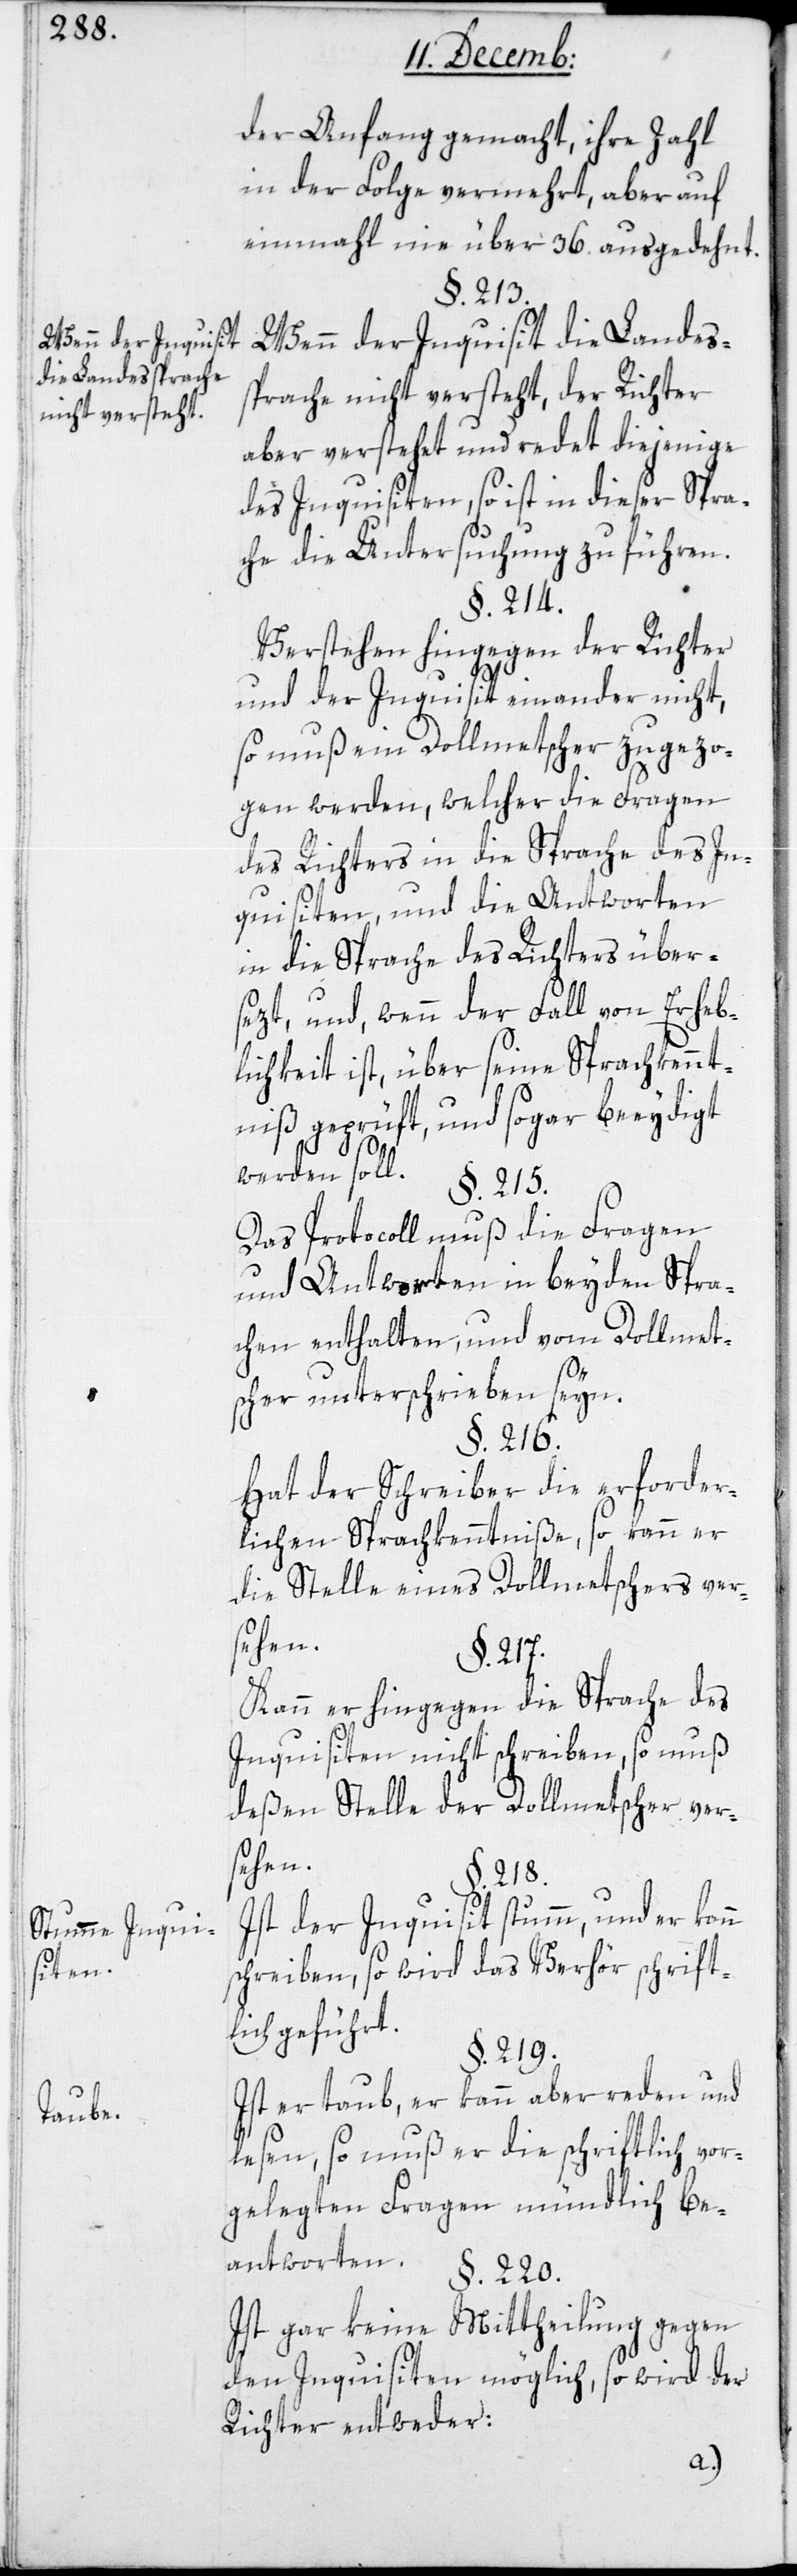
Wenn der Inquisit
die Landessprache
nicht versteht.
Stumme Inqui¬
siten.
Taube.

der Anfang gemacht, ihre Zahl
in der Folge vermehrt, aber auf
einmal nie über 36. ausgedehnt.
§. 213.
Wenn der Inquisit die Landeß¬
prache nicht versteht, der Richter
aber verstehet und redet diejenige
das Inquisiten, so ist in dieser Spra¬
che die Untersuchung zu führen.
§. 214.
Verstehen hingegen der Richter
und der Inquisit einander nicht,
so muß ein Dollmetscher zugezo¬
gen werden, welcher die Fragen
des Richters in die Sprache des In¬
quisiten, und die Antworten
in die Sprache des Richters über¬
sezt, und, wenn der Fall von Erheb¬
lichkeit ist, über seine Sprachkennt¬
nis geprüft und sogar beeydigt
werden soll.
§. 215.
Das Protocoll muß die Fragen
und Antworten in beyden Spra¬
chen enthalten, und vom Dollmet¬
scher unterschrieben seyn.
§. 216.
Hat der Schreiber die erforder¬
lichen Sprachkenntniße, so kann er
die Stelle eines Dollmetschers ver¬
sehen.
§. 217.
Kann er hingegen die Sprache des
Inquisiten nicht schreiben, so muß
deßen Stelle der Dollmetscher ver¬
sehen.
§. 218.
Ist der Inquisit stumm, und er kann
schreiben, so wird das Verhör schrift¬
lich geführt.
§. 219.
Ist er taub, er kann aber reden und
lesen, so muß er die schriftlich vor¬
gelegten Fragen mündlich be¬
antworten.
§. 220.
Ist gar keine Mittheilung gegen
den Inquisiten möglich, so wird der
Richter entweder: